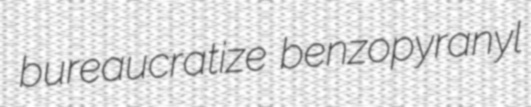
bureaucratize benzopyranyl